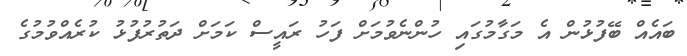
ބައެއް ބޭފުޅުން އެ މަގާމުގައި ހުންނެވުމަށް ފަހު ރައީސް ކަމަށް ދަތުރުފުޅު ކުރެއްވުމުގެ